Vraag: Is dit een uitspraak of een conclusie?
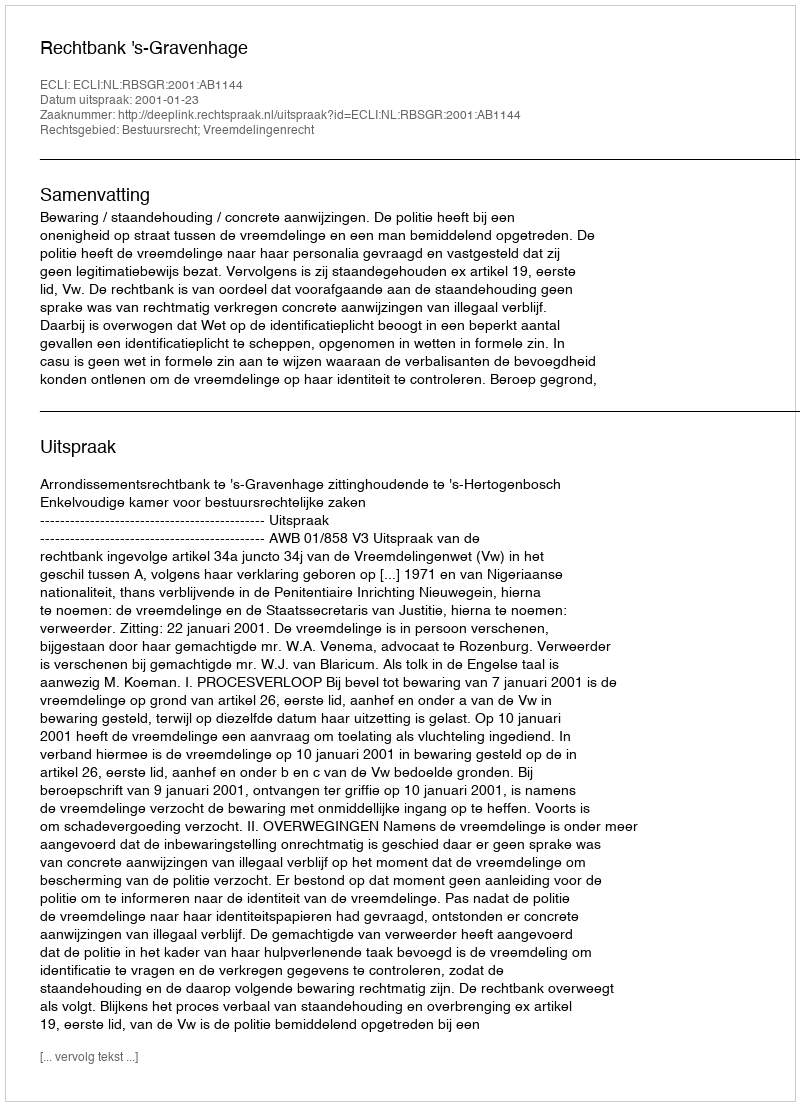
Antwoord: Uitspraak